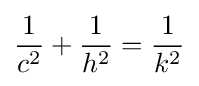
{\frac {1}{c^{2}}}+{\frac {1}{h^{2}}}={\frac {1}{k^{2}}}